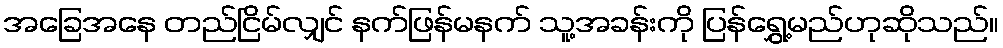
အခြေအနေ တည်ငြိမ်လျှင် နက်ဖြန်မနက် သူ့အခန်းကို ပြန်ရွှေ့မည်ဟုဆိုသည်။